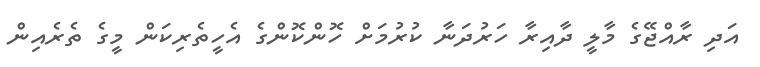
އަދި ރާއްޖޭގެ މާލީ ދާއިރާ ހަރުދަނާ ކުރުމަށް ހޮންކޮންގެ އެހީތެރިކަން މީގެ ތެރެއިން